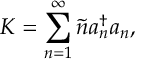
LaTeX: { \cal K } = \sum _ { n = 1 } ^ { \infty } \tilde { n } a _ { n } ^ { \dagger } a _ { n } ,